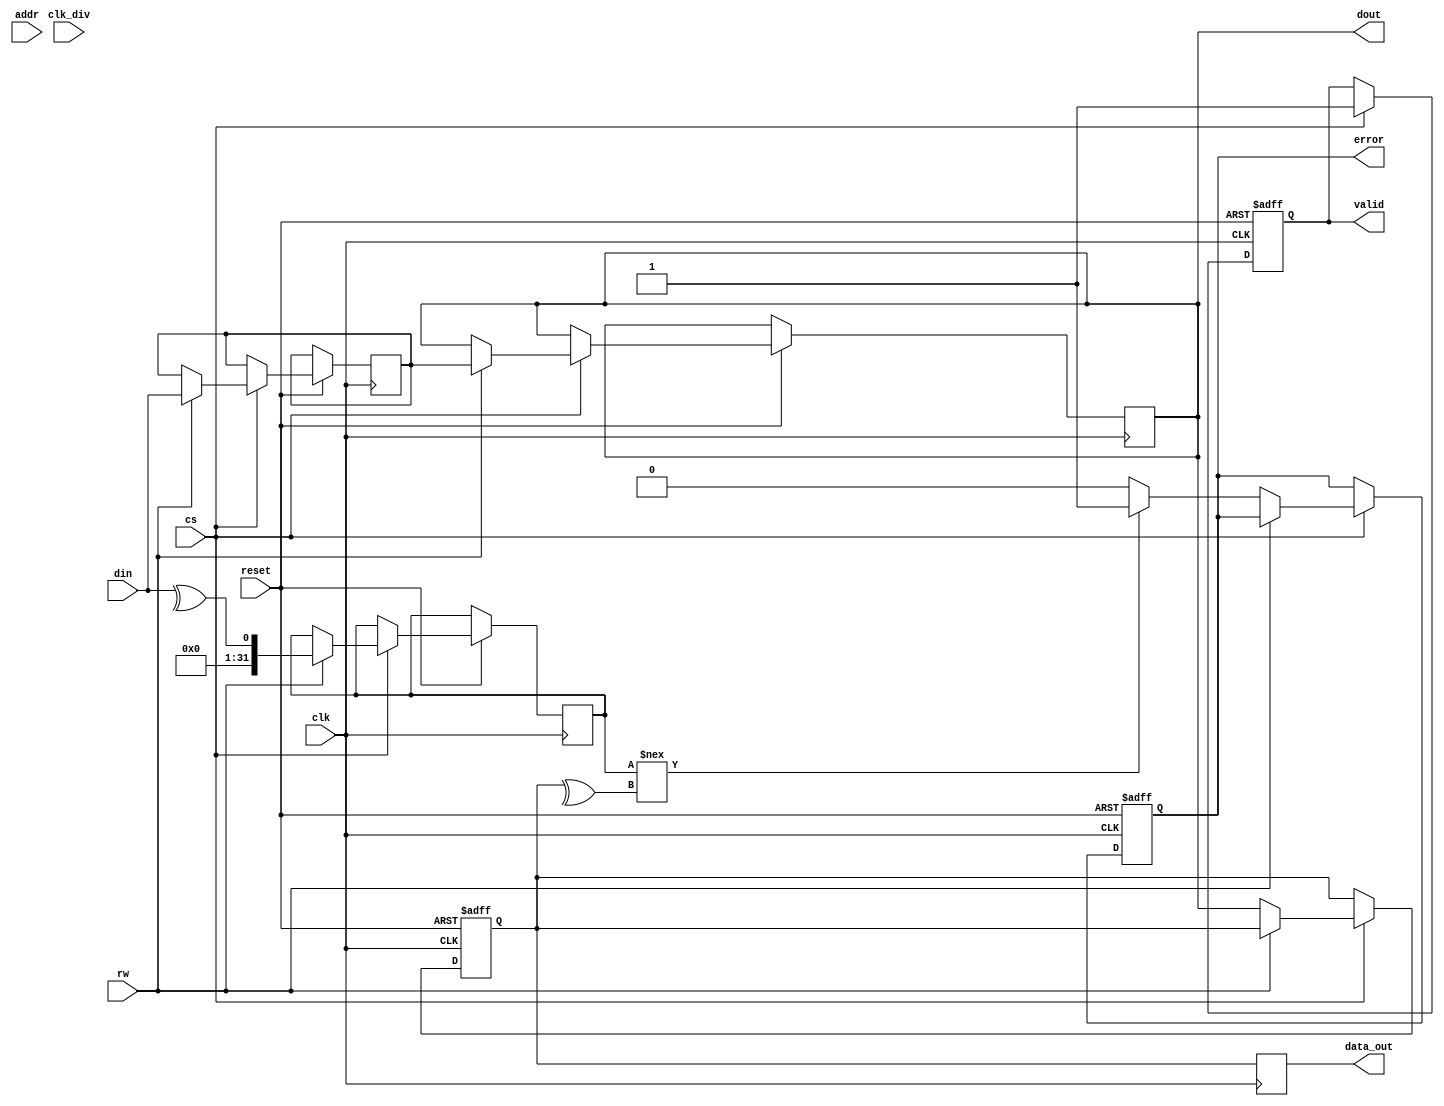
module gddr_io_block #(
    parameter DATA_WIDTH = 32,       // Configurable data width (16, 32, 64)
    parameter ADDR_WIDTH = 16         // Address width for GDDR memory
)(
    input wire clk,                   // Input clock
    input wire clk_div,               // Divided clock for internal operations
    input wire reset,                 // Reset signal
    input wire cs,                    // Chip select
    input wire rw,                    // Read/Write control signal
    input wire [ADDR_WIDTH-1:0] addr, // Address lines
    input wire [DATA_WIDTH-1:0] din,  // Data input from GDDR memory
    output reg [DATA_WIDTH-1:0] dout, // Data output to GDDR memory
    output reg valid,                 // Data valid signal
    output reg error,                 // Error detection signal
    output reg [DATA_WIDTH-1:0] data_out // For debug purposes
);

// Internal registers
reg [DATA_WIDTH-1:0] data_reg;
reg [DATA_WIDTH-1:0] data_buffer;
reg [DATA_WIDTH-1:0] parity; // Parity bit for error detection
reg [ADDR_WIDTH-1:0] address_reg;

// Capture data on both edges of the clock
always @(posedge clk or negedge reset) begin
    if (!reset) begin
        data_reg <= 0;
        valid <= 0;
        error <= 0;
    end else if (cs) begin
        if (rw) begin // Write operation
            data_buffer <= din;
            valid <= 1;
            // Calculate parity
            parity <= ^din; // Simple parity calculation
            dout <= data_buffer; // Output data to GDDR
        end else begin // Read operation
            address_reg <= addr; // Capture address
            data_reg <= dout; // Read data from GDDR
            valid <= 1;
            // Check for parity error
            if (parity !== ^data_reg) begin
                error <= 1; // Set error flag if parity doesn't match
            end else begin
                error <= 0;
            end
        end
    end
end

// Output data for debug purposes
always @(posedge clk) begin
    data_out <= data_reg; // Capture output data for debugging
end

endmodule